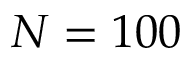
N = 1 0 0